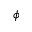
\phi